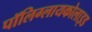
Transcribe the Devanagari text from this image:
पॉलिग्लायकोलाइड